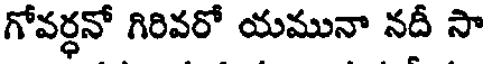
గోవర్ధనో గిరివరో యమునా నదీ సా